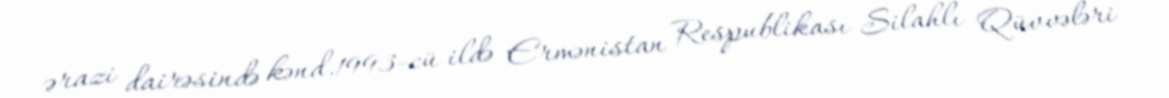
ərazi dairəsində kənd.1993-cü ildə Ermənistan Respublikası Silahlı Qüvvələri